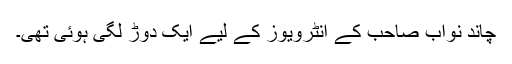
چاند نواب صاحب کے انٹرویوز کے لیے ایک دوڑ لگی ہوئی تھی۔